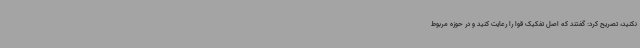
نکنید، تصریح کرد: گفتند که اصل تفکیک قوا را رعایت کنید و در حوزه مربوط